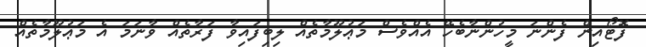
ފޮޓޯއިން ފެންނަ މީހުންނާބެހޭ އެއްވެސް މަޢުލޫމާތެއް ލިބިފައިވާ ފަރާތެއް ވާނަމަ އެ މަޢުލޫމާތެއް